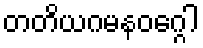
တတိယဂမနဝဂ္ဂေါ